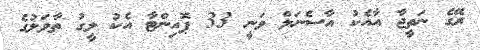
ރޭގެ ނަތީޖާ އާއެކު އާސެނަލް ވަނީ 33 ޕޮއިންޓާ އެކު ލީގު ތާވަލުގެ